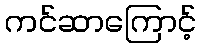
ကင်ဆာကြောင့်